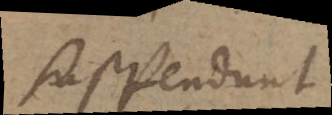
suspendunt